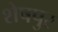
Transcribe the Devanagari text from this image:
शेषपुर